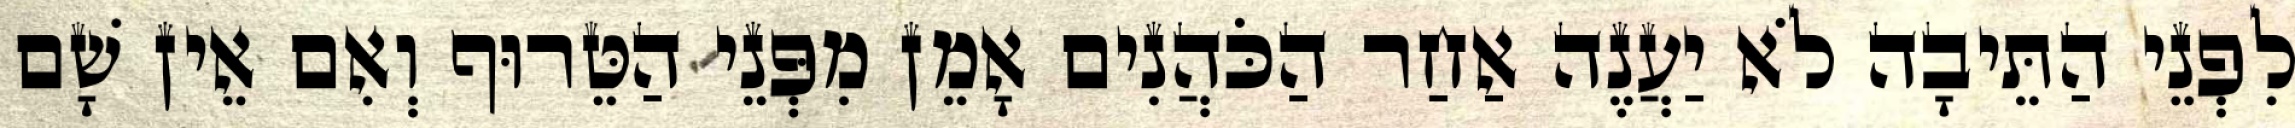
לִפְנֵי הַתֵּיבָה לֹא יַעֲנֶה אַחַר הַכֹּהֲנִים אָמֵן מִפְּנֵי הַטֵּרוּף וְאִם אֵין שָׁם